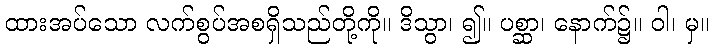
ထားအပ်သော လက်စွပ်အစရှိသည်တို့ကို။ ဒိသွာ၊ ၍။ ပစ္ဆာ၊ နောက်၌။ ဝါ၊ မှ။